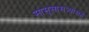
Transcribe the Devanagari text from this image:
सासूसासऱ्यांसह